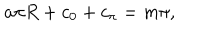
LaTeX: a \pi R + c _ { 0 } + c _ { \pi } = m \pi ,